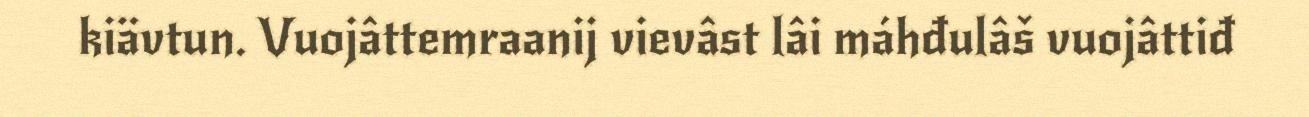
kiävtun. Vuojâttemraanij vievâst lâi máhđulâš vuojâttiđ